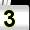
Digit: 3